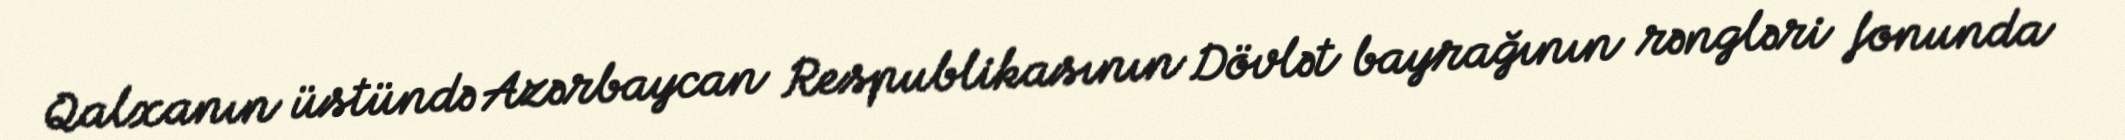
Qalxanın üstündə Azərbaycan Respublikasının Dövlət bayrağının rəngləri fonunda